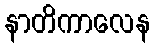
နာတိကာလေန